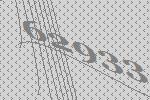
62933